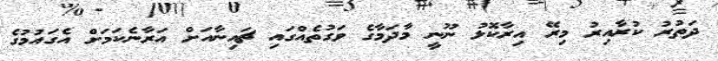
ދަތުރު ކުރާއިރު މިރޭ އިރާކޮޅު ނޫނީ މާދަމާގެ ވަގުތެއްގައި ޗައިނާއަށް އަރާނެކަމަށް އެގައުމުގެ